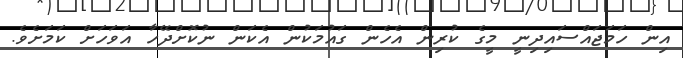
އިން ހަމަޖައްސައިދިނީ މީގެ ކުރިން އެހެން ގައުމަކުން އެކަން ނުކޮށްދޭހާ އަވަހަށް ކަމަށެވެ.